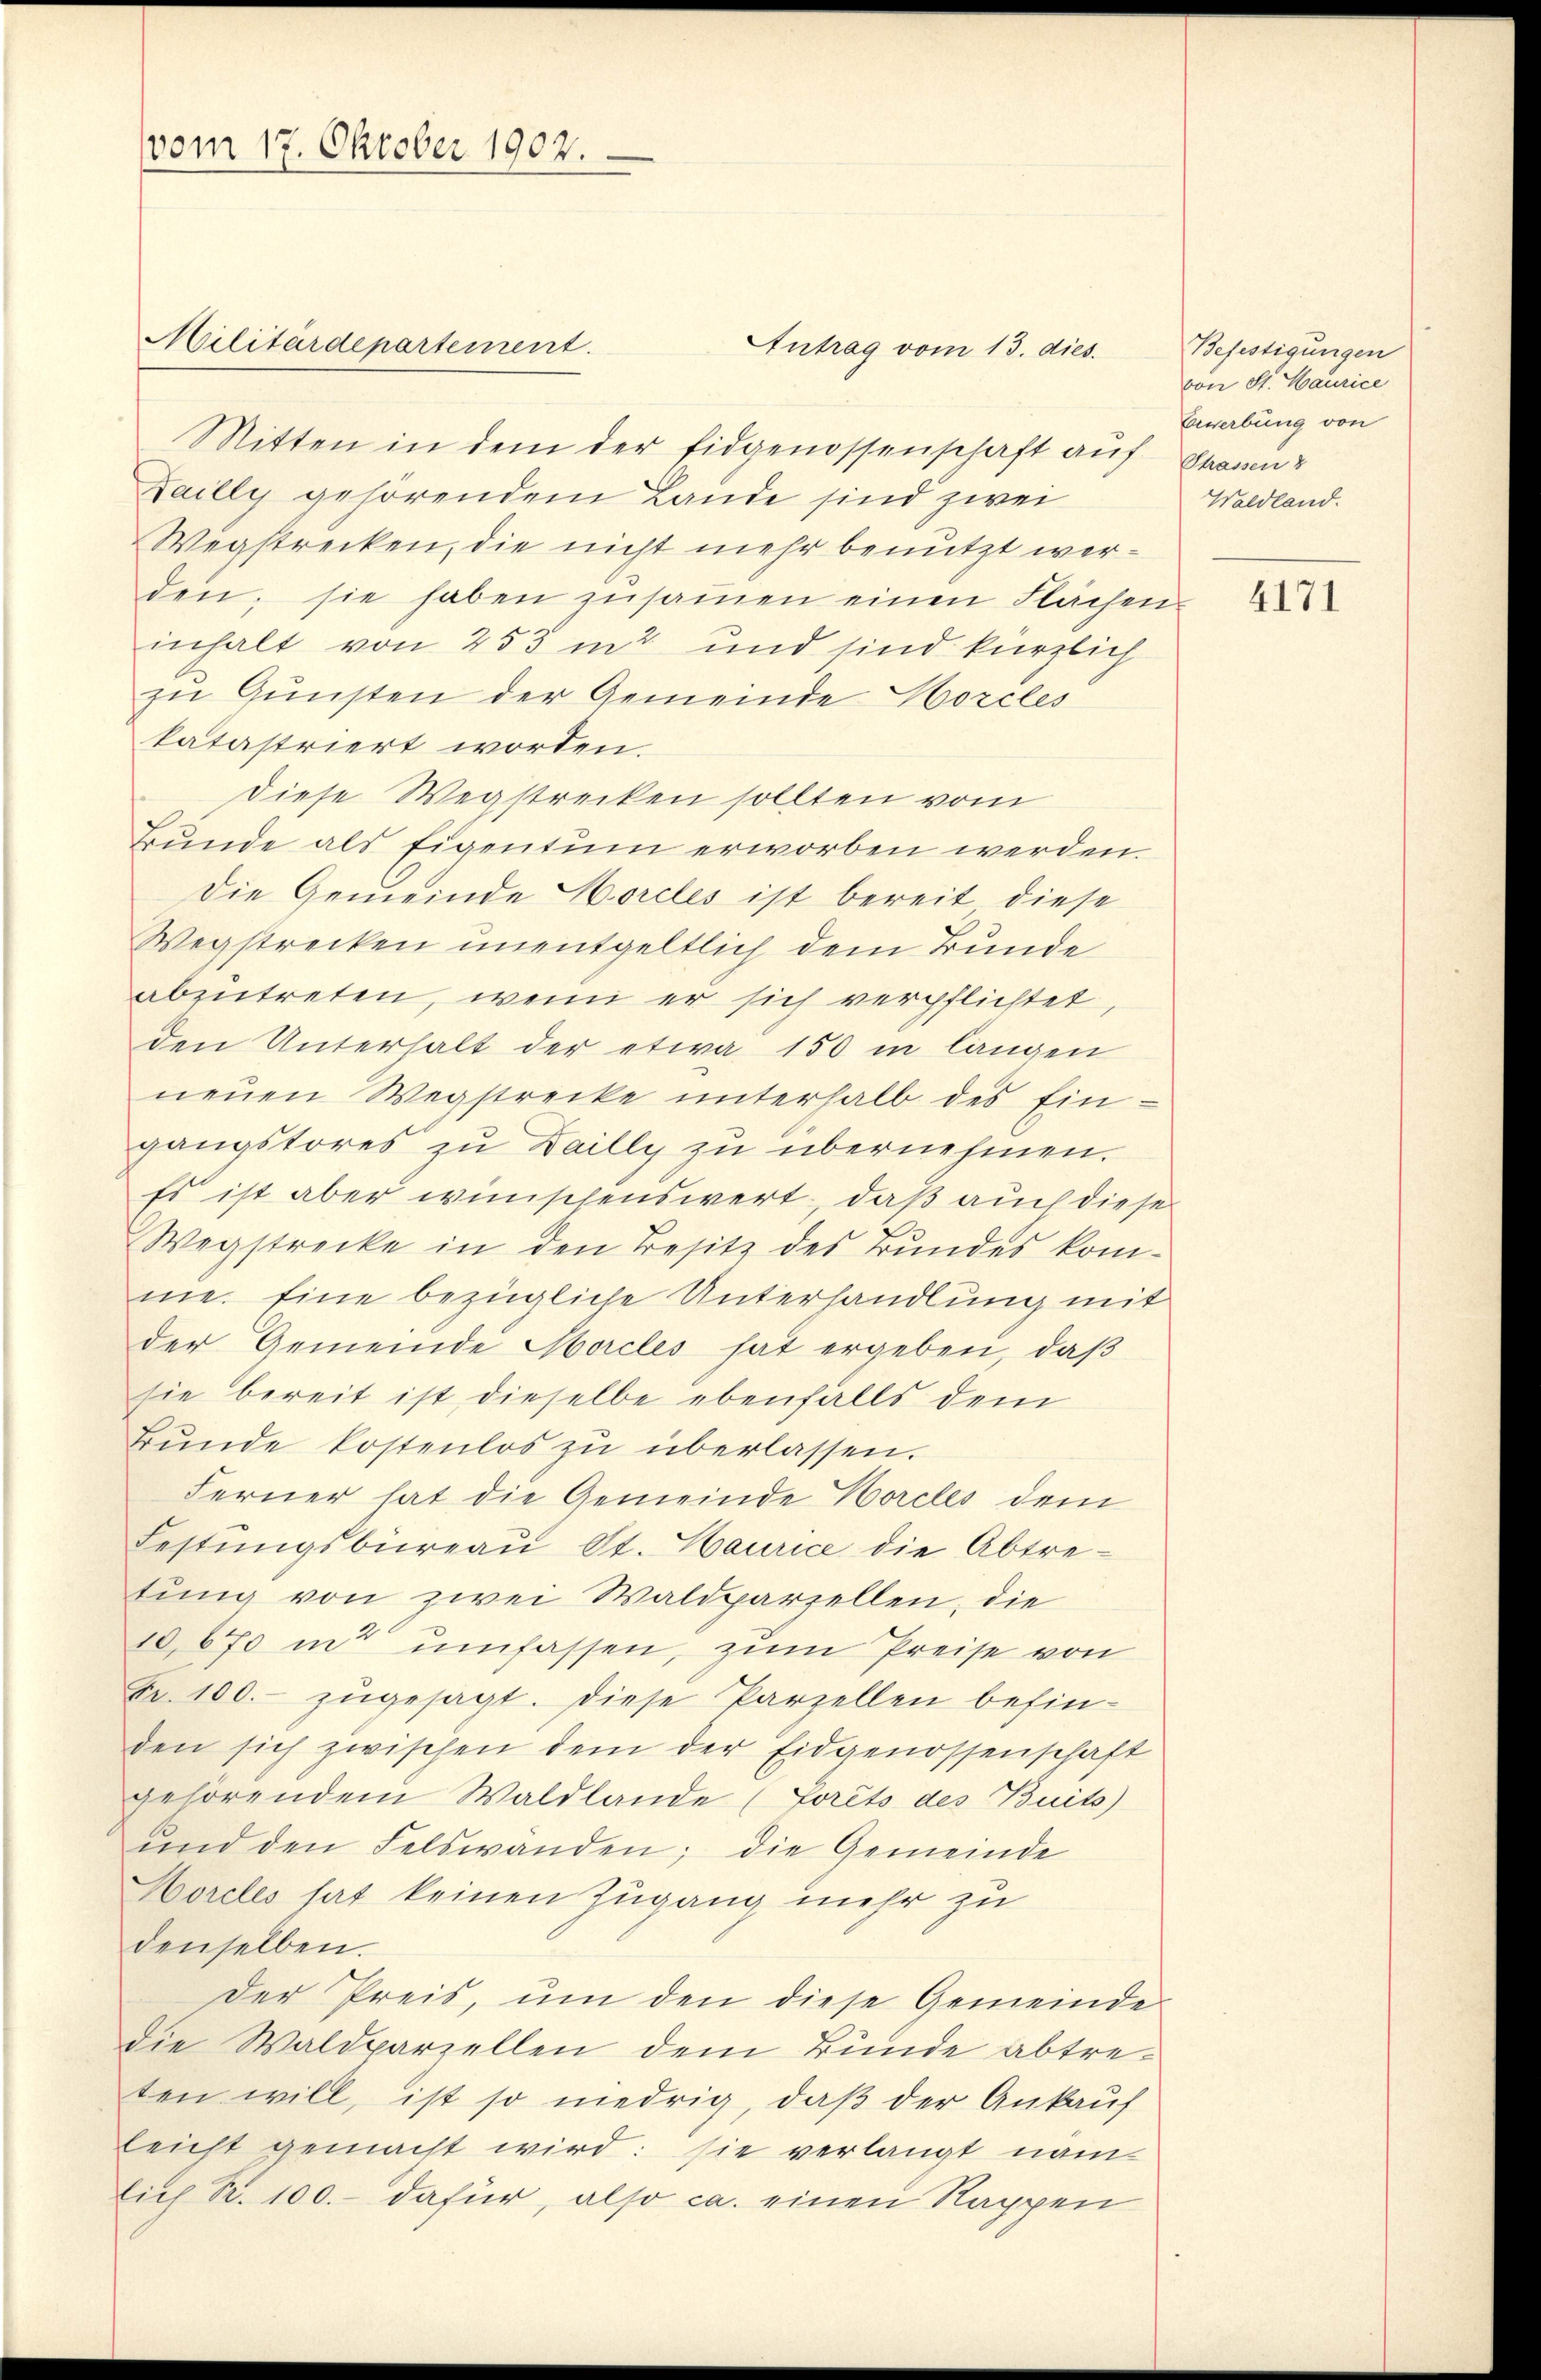
(vom 17. Oktober 1902.

Militärdepartement

Antrag vom 13. dies.

Mitten in dem der Eidgenossenschaft auf Staune
Dailly gehörendem Lande sind zwei
Wegstrecken, die nicht mehr benutzt werden; sie haben zŭsaṁen einen Flächen
inhalt von 253 in und sind kürzlich
zu Gunsten der Gemeinde Horcles
katastriert worden.
diese Wegstrecken sollten vom
Bunde als Eigentum erworben werden.
Die Gemeinde Horcles ist bereit diese
Wegstrecken unentgeltlich dem Bunde
abzutreten, wenn er sich verpflichtet,
den Unterhalt der etwa 150 in langen
neuen Wegstrecke unterhalb des Ein-
gangstores zu Dailly zu übernehmen.
Es ist aber wünschenswert, daß auch diese
Wegstrecke in den Besitz des Bundes komme. Eine bezügliche Unterhandlung mit
der Gemeinde Morcles hat ergeben, daß
sie bereit ist dieselbe ebenfalls dem
Bŭnde kostenlos zu überlassen.
Ferner hat die Gemeinde Horcles dem
Festungsbüreau St. Maurice die Abtretung von zwei Waldparzellen, die
10,670 in umfassen, zum Preise von
Fr. 100. zugesagt. Diese Parzellen befinden sich zwischen dem der Eidgenossenschaft
gehörendem Waldlande (Forêts des Buits)
ŭnd den Felswanden; die Gemeinde
Morcles hat keinen Zugang mehr zu
denselben.
Der Preis, um den diese Gemeinde
die Waldparzellen dem Bunde abtreten will, ist so niedrig, daβ der Ankauf
leicht gemacht wird: sie verlangt nam
lich R. 100.- dafür, also ca. einen Rappen

Befestigungen
von St. Maurice
Erwerbung von
Waldland.

4171